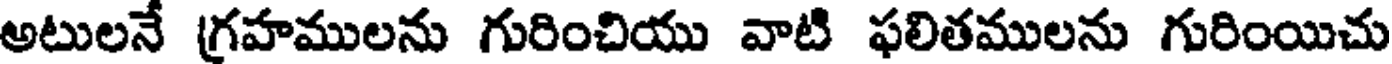
అటులనే గ్రహములను గురించియు వాటి ఫలితములను గురింయిచు